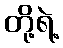
တို့ရဲ့